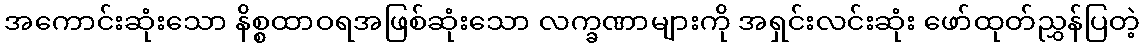
အကောင်းဆုံးသော နိစ္စထာဝရအဖြစ်ဆုံးသော လက္ခဏာများကို အရှင်းလင်းဆုံး ဖော်ထုတ်ညွှန်ပြတဲ့